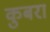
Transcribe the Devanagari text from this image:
कुबरा